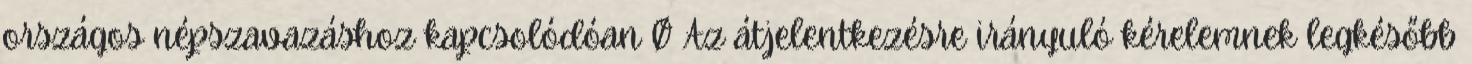
országos népszavazáshoz kapcsolódóan Ø Az átjelentkezésre irányuló kérelemnek legkésőbb